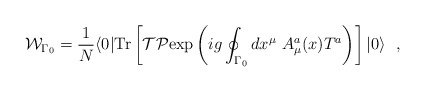
\begin{align*}{\cal W}_{\Gamma{_0}}= {1\over N} \langle 0| {\rm Tr}\left[ {\cal T}{\cal P}{\rm exp} \left( ig \oint_{\Gamma{_0}} dx^\mu \ A^a_\mu (x) T^a \right)\right]|0\rangle \ \ ,\end{align*}